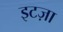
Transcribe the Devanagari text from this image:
इटज़ा